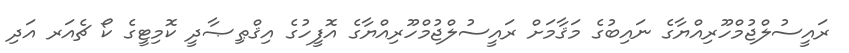
ރައީސުލްޖުމްހޫރިއްޔާގެ ނައިބުގެ މަޤާމަށް ރައީސުލްޖުމްހޫރިއްޔާގެ އޮފީހުގެ އިޤްޠިޞާދީ ކޮމިޓީގެ ކޯ ޗެއަރ އަދި